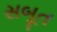
સબૂત